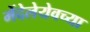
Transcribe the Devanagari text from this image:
मेंदेलेयेवच्या